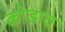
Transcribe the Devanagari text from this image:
कोडात